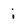
Character: i